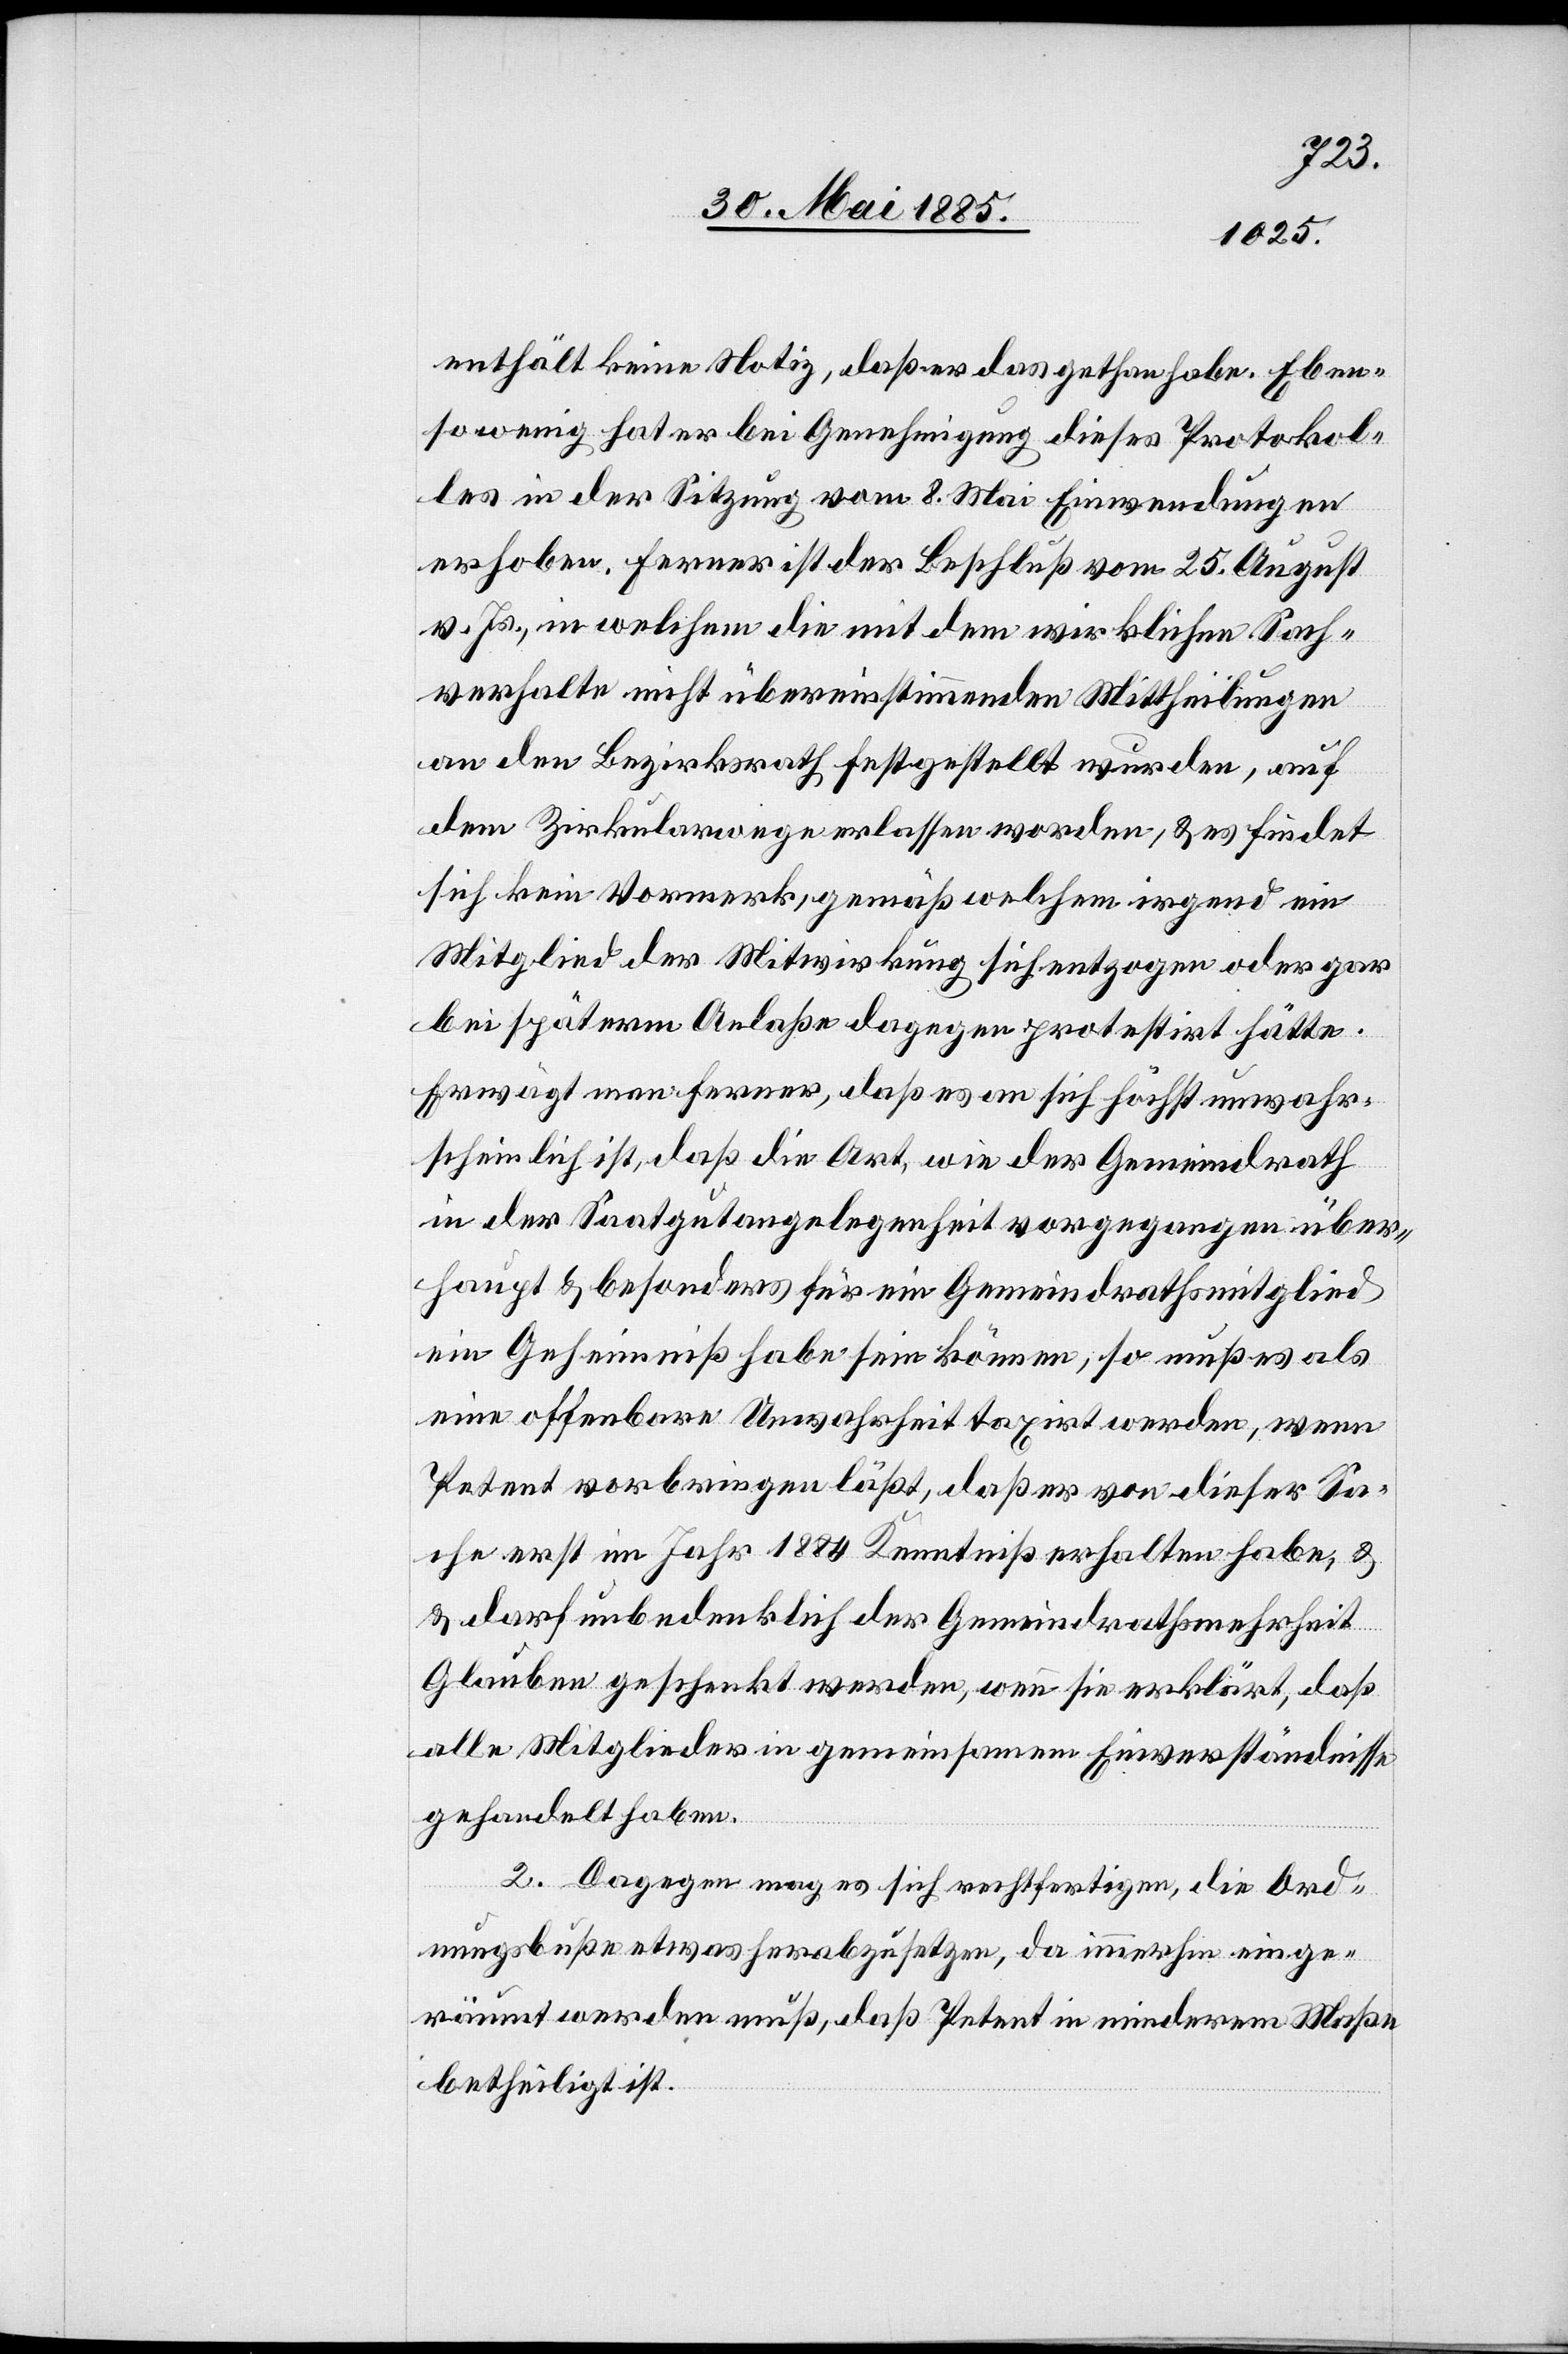
enthält keine Notiz, daß er das gethan habe. Eben¬
sowenig hat er bei Genehmigung dieses Protokol¬
les in der Sitzung vom 8. Mai Einwendungen
erhoben. Ferner ist der Beschluß vom 25. August
v. Js., in welchem die mit dem wirklichen Sach¬
verhalte nicht übereinstimmenden Mittheilungen
an den Bezirksrath festgestellt wurden, auf
dem Zirkularwege erlassen worden, & es findet
sich kein Vormerk, gemäß welchem irgend ein
Mitglied der Mitwirkung sich entzogen oder gar
bei späterm Anlaße dagegen protestirt hätte.
Erwägt man ferner, daß es an sich höchst unwahr¬
scheinlich ist, daß die Art, wie der Gemeindrath
in der Sitzungsangelegenheit vorgegangen über¬
haupt & besonders für ein Gemeindrathsmitglied
ein Geheimniß habe sein können, so muß es als
eine offenbare Unwahrheit taxirt werden, wenn
Petent vorbringen läßt, daß er von dieser Sa¬
che erst im Jahr 1884 Kenntnis erhalten habe, &
darf unbedenklich der Gemeindrathsmehrheit
Glauben geschenkt werden, wenn sie erklärt, daß
alle Mitglieder in gemeinsamem Einverständnisse
gehandelt haben.
2 Dagegen mag es sich rechtfertigen, die Ord¬
nungsbuße etwas herabzusetzen, da immerhin einge¬
räumt werden muß, daß Petent in minderem Maße
betheiligt ist.